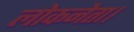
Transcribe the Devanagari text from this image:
लोकनेता।